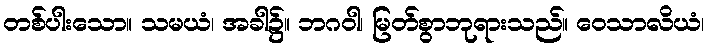
တစ်ပါးသော။ သမယံ၊ အခါ၌။ ဘဂဝါ၊ မြတ်စွာဘုရားသည်။ ဝေသာလိယံ၊